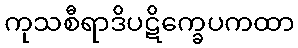
ကုသစီရာဒိပဋိက္ခေပကထာ